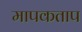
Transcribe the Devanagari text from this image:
मापकताप